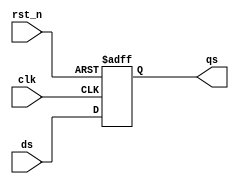
//////////Flip_Flop_Single_bit///////////
module flip_flop_S(clk ,rst_n ,qs,ds);

///---inputs--////
input clk,rst_n;
input  ds;

///---outputs---///
output reg qs;


always @(posedge clk or negedge rst_n)
 begin 
	if(!rst_n)
		qs<=0;
	else 
		qs<=ds;
 
 end 
 
 endmodule